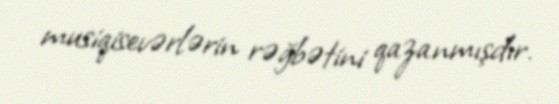
musiqisevərlərin rəğbətini qazanmışdır.